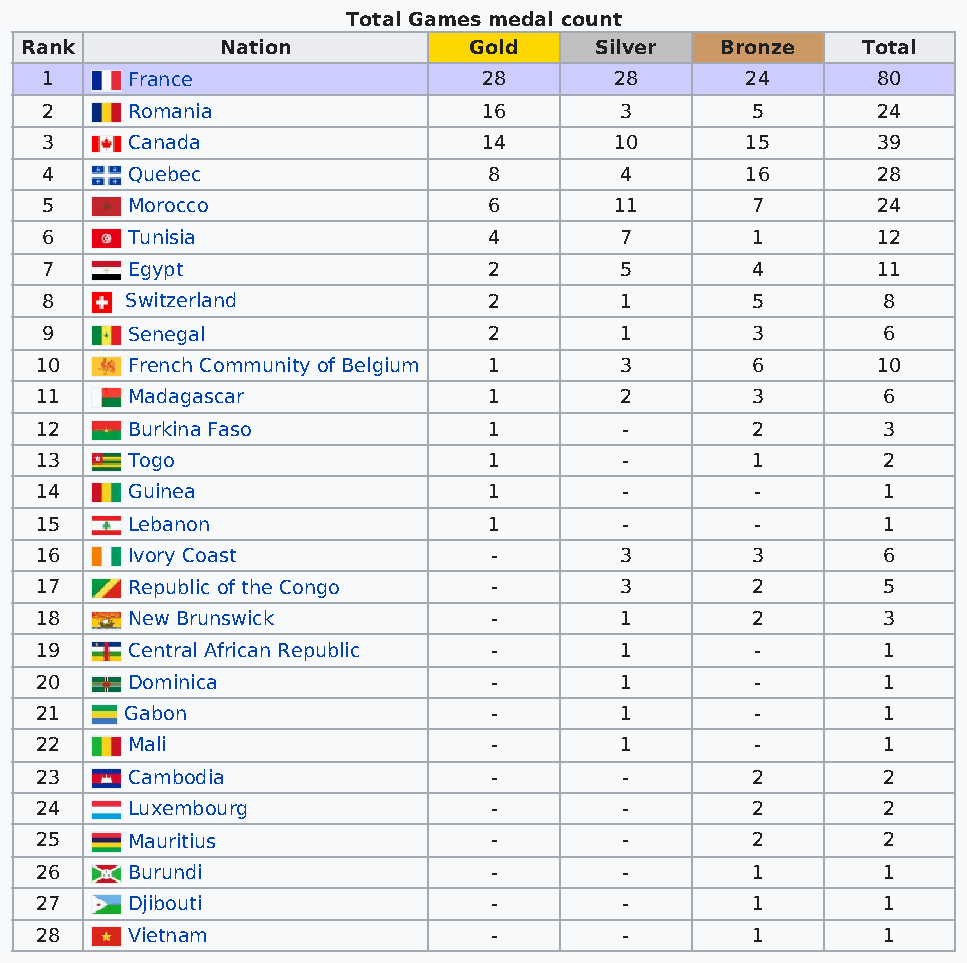
Total Games medal count
 Rank          Nation          Gold    Silver   Bronze   Total
 1    France                  28       28      24       80
 2    Romania                 16       3        5       24
 3    Canada                  14       10      15       39
 4    Quebec                  8        4       16       28
 5    Morocco                 6        11       7       24
 6    Tunisia                 4        7        1       12
 7    Egypt                   2        5        4       11
 8    Switzerland             2        1        5       8
 9    Senegal                 2        1        3       6
 10    French Community of Belgium 1    3        6       10
 11    Madagascar              1        2        3       6
 12    Burkina Faso            1        -        2       3
 13    Togo                    1        -        1       2
 14    Guinea                  1        -        -       1
 15    Lebanon                 1        -        -       1
 16    Ivory Coast             -        3        3       6
 17    Republic of the Congo   -        3        2       5
 18    New Brunswick           -        1        2       3
 19    Central African Republic -       1        -       1
 20    Dominica                -        1        -       1
 21    Gabon                   -        1        -       1
 22    Mali                    -        1        -       1
 23    Cambodia                -        -        2       2
 24    Luxembourg              -        -        2       2
 25    Mauritius               -        -        2       2
 26    Burundi                 -        -        1       1
 27    Djibouti                -        -        1       1
 28    Vietnam                 -        -        1       1